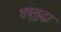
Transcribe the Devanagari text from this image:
शत्रूसुद्धा